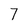
Character: 7